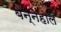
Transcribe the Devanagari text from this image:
बेन्नेहोल